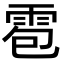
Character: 雹